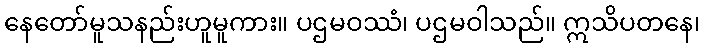
နေတော်မူသနည်းဟူမူကား။ ပဌမဝဿံ၊ ပဌမဝါသည်။ ဣသိပတနေ၊